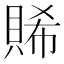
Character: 𧶖